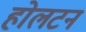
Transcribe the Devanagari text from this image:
होलटन